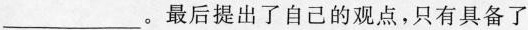
___。最后提出了自己的观点，只有具备了